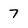
Character: 7